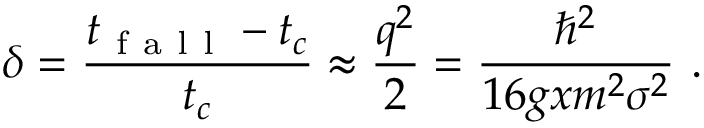
\delta = \frac { t _ { \mathrm { ~ f ~ a ~ l ~ l ~ } } - t _ { c } } { t _ { c } } \approx \frac { q ^ { 2 } } { 2 } = \frac { \hbar ^ { 2 } } { 1 6 g x m ^ { 2 } \sigma ^ { 2 } } \ .